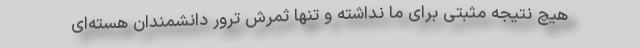
هیچ نتیجه مثبتی برای ما نداشته و تنها ثمرش ترور دانشمندان هسته‌ای